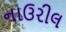
નાઉરીલ